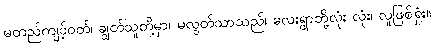
မတည်ကျင့်ဝတ်၊ ချွတ်သူတို့မှာ၊ မလွတ်သာသည်၊ လေးရွာဘို့လုံး လုံး၊ လူဖြစ်ရှုံး။